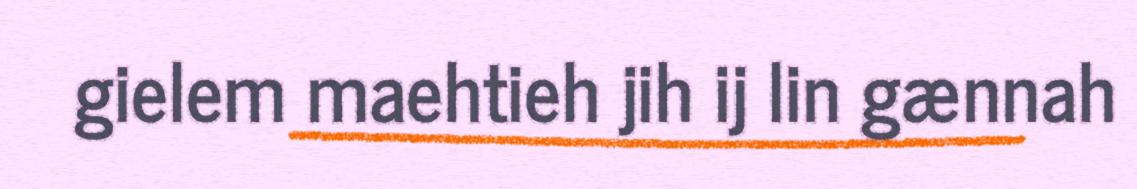
gielem maehtieh jih ij lin gænnah